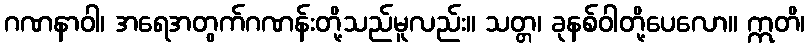
ဂဏနာဝါ၊ အရေအတွက်ဂဏန်းတို့သည်မူလည်း။ သတ္တ၊ ခုနစ်ဝါတို့ပေလော။ ဣတိ၊